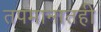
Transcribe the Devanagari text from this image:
तपमानातही